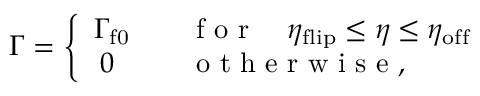
\Gamma = \left\{ \begin{array} { r l } { \Gamma _ { \mathrm { f 0 } } } & { { } \quad \mathrm { ~ f ~ o ~ r ~ } \quad \eta _ { \mathrm { f l i p } } \leq \eta \leq \eta _ { \mathrm { o f f } } } \\ { 0 \; \; } & { { } \quad \mathrm { ~ o ~ t ~ h ~ e ~ r ~ w ~ i ~ s ~ e ~ } , } \end{array} \right.